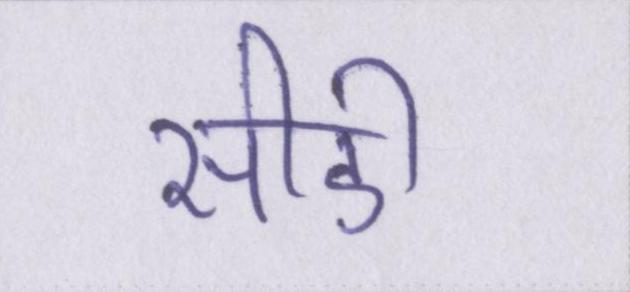
सीडी